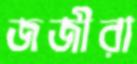
জজীরা